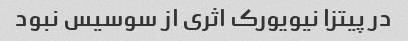
در پیتزا نیویورک اثری از سوسیس نبود